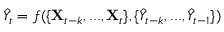
\hat { Y } _ { t } = f ( \{ \mathbf { X } _ { t - k } , . . . , \mathbf { X } _ { t } \} , \{ \hat { Y } _ { t - k } , . . . , \hat { Y } _ { t - 1 } \} )